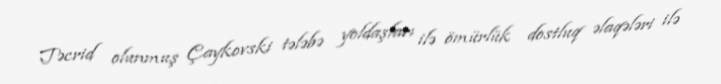
Təcrid olunmuş Çaykovski tələbə yoldaşları ilə ömürlük dostluq əlaqələri ilə